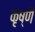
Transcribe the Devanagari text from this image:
कृष्णै